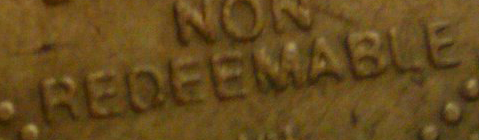
REDEEMABLE